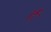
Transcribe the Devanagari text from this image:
र्ह